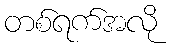
တစ်ရက်အလို